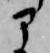
部